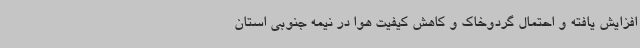
افزایش یافته و احتمال گردوخاک و کاهش کیفیت هوا در نیمه جنوبی استان